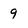
Character: 9